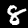
Label: 8